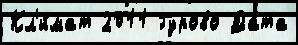
Кл'и́мат 2011 Гурово Да́та